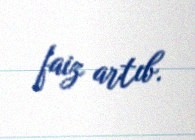
faiz artıb.